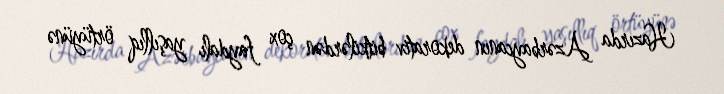
Hazırda Azərbaycanın dekorativ bitkilərdən çox faydalı yaşıllıq örtüyünə